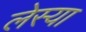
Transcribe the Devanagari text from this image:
लेस्या